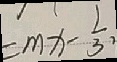
= m x - \frac { 1 } { 3 } ,